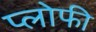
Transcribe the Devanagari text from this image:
प्लोफी